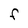
Character: F